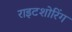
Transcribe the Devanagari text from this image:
राइटशोरिंग